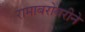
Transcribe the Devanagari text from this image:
रामाबरोबरीने